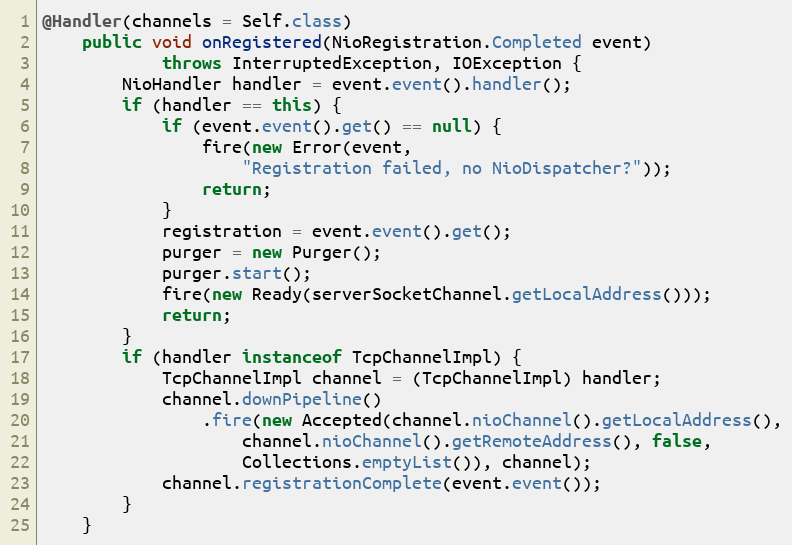
Language: Java
@Handler(channels = Self.class)
    public void onRegistered(NioRegistration.Completed event)
            throws InterruptedException, IOException {
        NioHandler handler = event.event().handler();
        if (handler == this) {
            if (event.event().get() == null) {
                fire(new Error(event,
                    "Registration failed, no NioDispatcher?"));
                return;
            }
            registration = event.event().get();
            purger = new Purger();
            purger.start();
            fire(new Ready(serverSocketChannel.getLocalAddress()));
            return;
        }
        if (handler instanceof TcpChannelImpl) {
            TcpChannelImpl channel = (TcpChannelImpl) handler;
            channel.downPipeline()
                .fire(new Accepted(channel.nioChannel().getLocalAddress(),
                    channel.nioChannel().getRemoteAddress(), false,
                    Collections.emptyList()), channel);
            channel.registrationComplete(event.event());
        }
    }